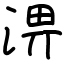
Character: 淠